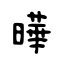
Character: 曄